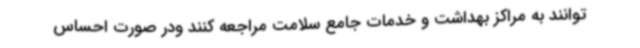
توانند به مراکز بهداشت و خدمات جامع سلامت مراجعه کنند ودر صورت احساس